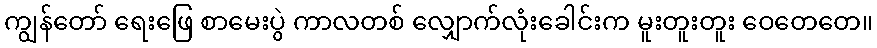
ကျွန်တော် ရေးဖြေ စာမေးပွဲ ကာလတစ် လျှောက်လုံးခေါင်းက မူးတူးတူး ဝေတေတေ။